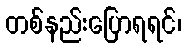
တစ်နည်းပြောရရင်၊